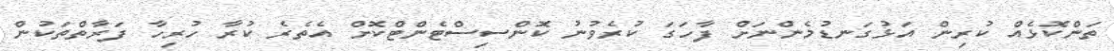
ތަންކޮޅެއް ކުރިން އަޅުގަނޑުމެންނަށް ފާހަގަ ކުރެވުނު ކޮންސިސްޓެންޓްކޮށް އެތެރެ ކުރާ ހުރިހާ ފަރާތްތަކުން